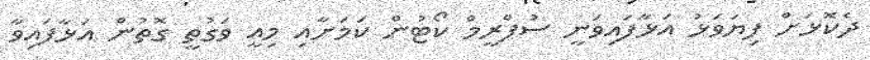
ދެކޮޅަށް ފިޔަވަޅު އަޅާފައިވަނީ ސުޕްރީމް ކޯޓުން ކަމަށާއި މިއީ ވަގުތީ ގޮތުން އަޅާފަައިވާ